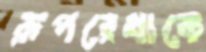
রূপরেখাকে